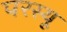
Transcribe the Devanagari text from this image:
परस्यू